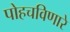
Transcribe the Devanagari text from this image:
पोहचविणारे